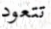
تتعود